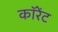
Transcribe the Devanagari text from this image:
कॉरेंट